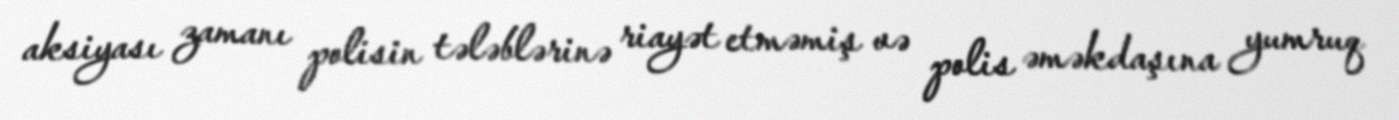
aksiyası zamanı polisin tələblərinə riayət etməmiş və polis əməkdaşına yumruq